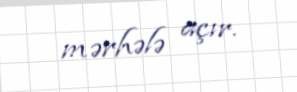
mərhələ açır.